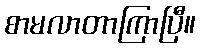
စာမလာတာကြာပြီ။